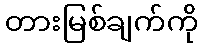
တားမြစ်ချက်ကို